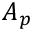
A _ { p }